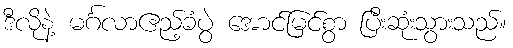
ဒီလိုနဲ့ မင်္ဂလာဧည့်ခံပွဲ အောင်မြင်စွာ ပြီးဆုံးသွားသည်။